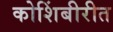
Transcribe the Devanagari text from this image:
कोशिंबीरीत